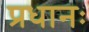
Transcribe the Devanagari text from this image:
प्रधानः